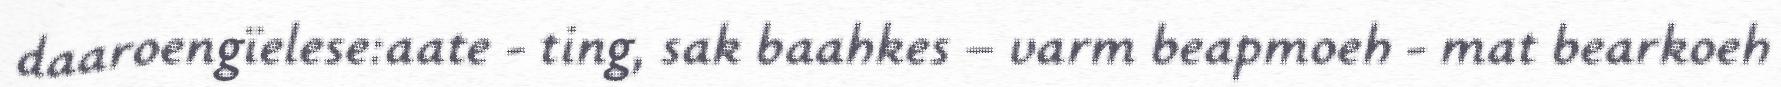
daaroengïelese:aate - ting, sak baahkes – varm beapmoeh - mat bearkoeh